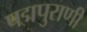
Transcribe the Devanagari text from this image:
पद्मपुराणी